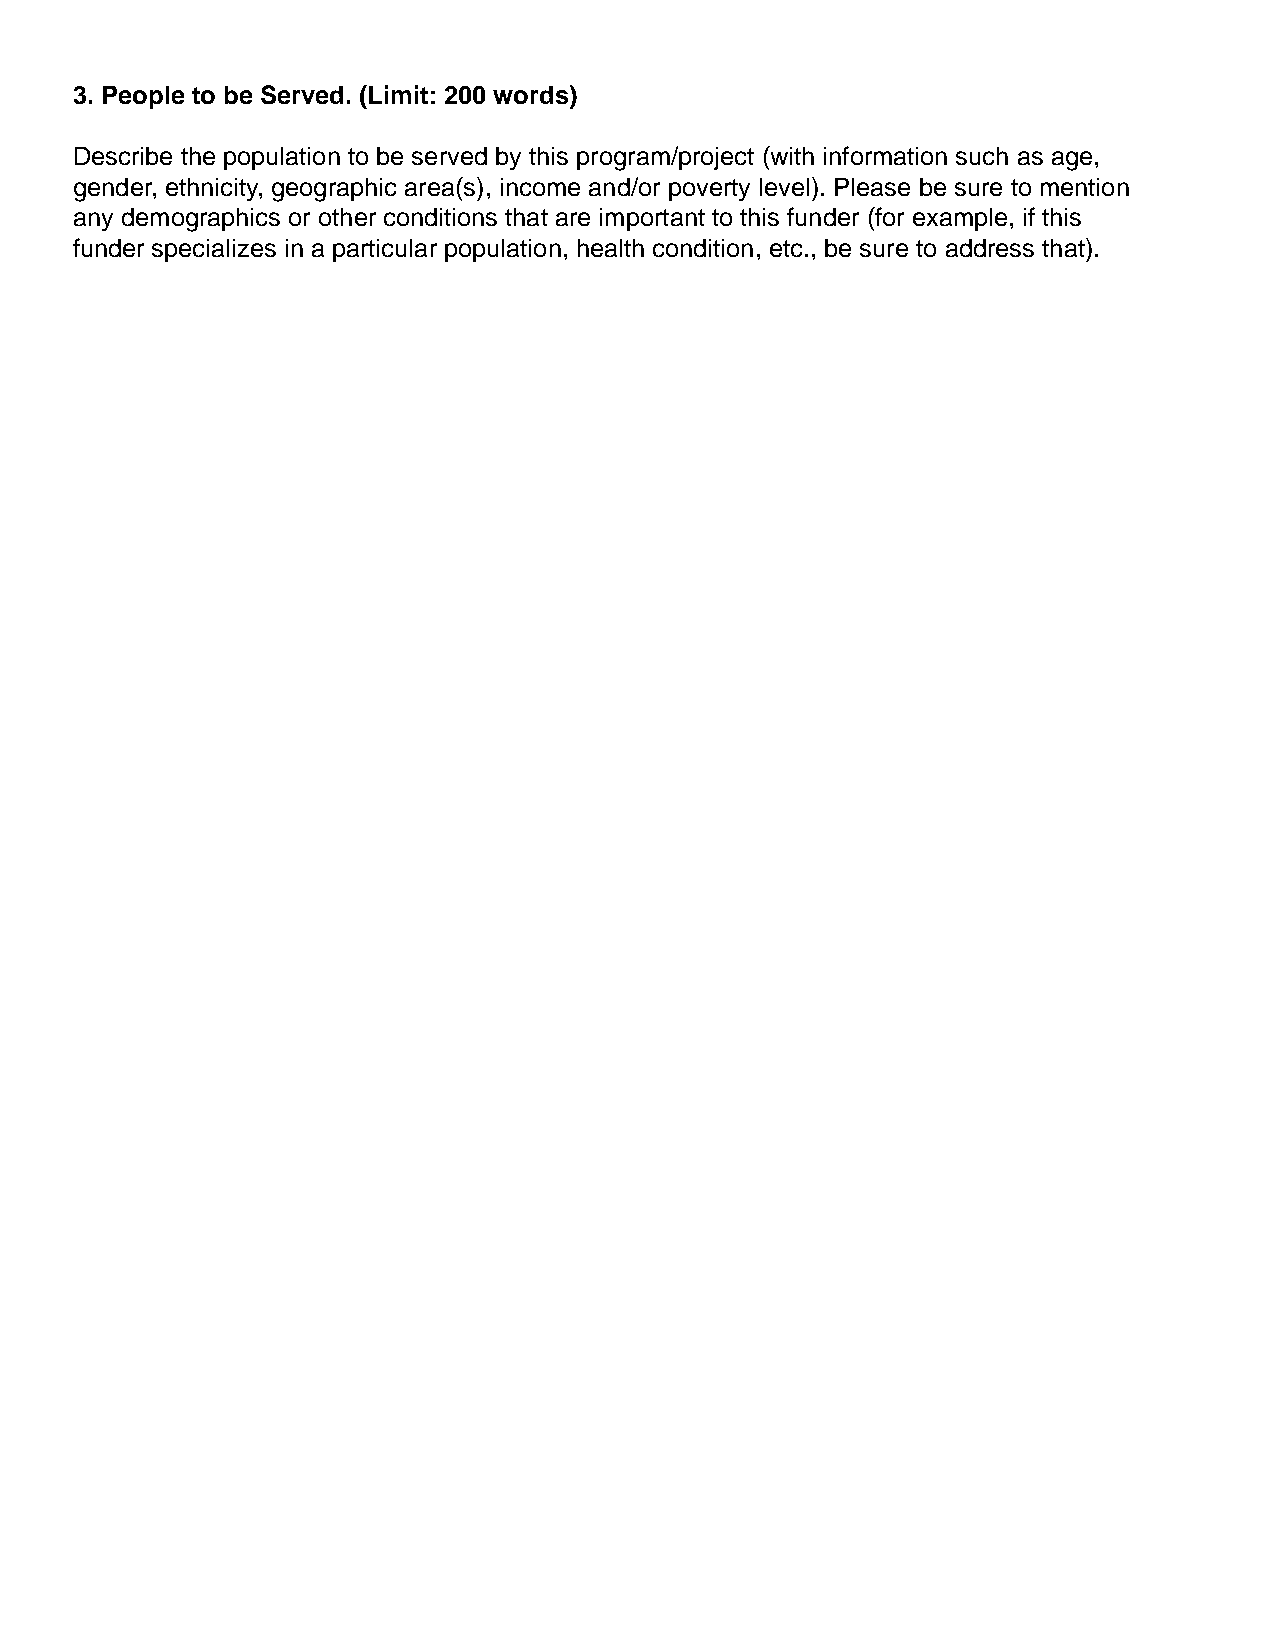
3. People to be Served. (Limit: 200 words)
 Describe the population to be served by this program/project (with information such as age,
 gender, ethnicity, geographic area(s), income and/or poverty level). Please be sure to mention
 any demographics or other conditions that are important to this funder (for example, if this
 funder specializes in a particular population, health condition, etc., be sure to address that).